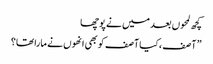
کچھ لمحوں بعد میں نے پوچھا
” آصف ،کیا آصف کو بھی انھوں نے مارا تھا؟